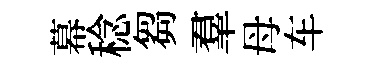
幕稔芻羣母车